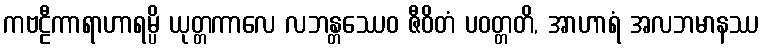
ကဗဠီကာရာဟာရမ္ပိ ယုတ္တကာလေ လဘန္တဿေဝ ဇီဝိတံ ပဝတ္တတိ, အာဟာရံ အလဘမာနဿ